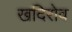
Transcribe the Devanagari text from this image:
खदिरोव